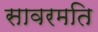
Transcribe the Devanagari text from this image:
सावरमति